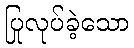
ပြုလုပ်ခဲ့သော